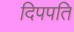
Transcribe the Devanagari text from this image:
दिपपति